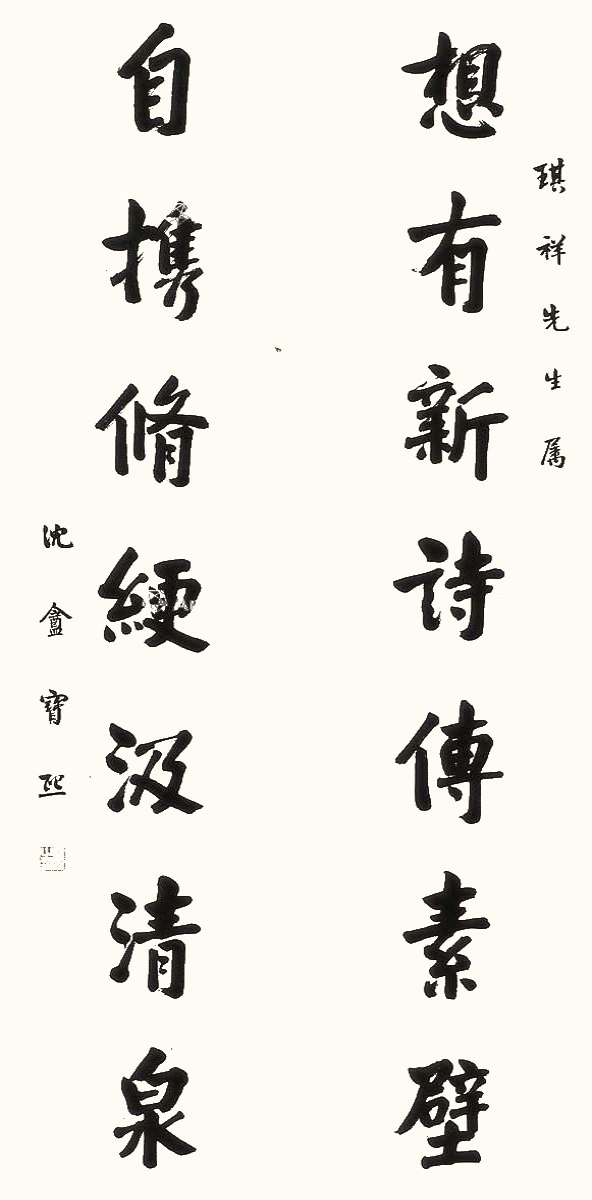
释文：想有新诗传素壁，自携修绠汲清泉。琪祥先生属，沈盦宝熙。